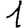
Digit: 1